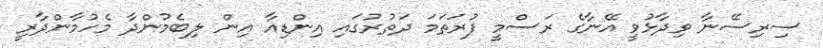
ސިރިސޭނާ ވިދާޅުވީ އޭނާގެ ރަސްމީ ފުރަތަމަ ދަތުރުގައި އިންޑިއާ އިން ލިބެމުންދާ މެހުމާންދާރީ